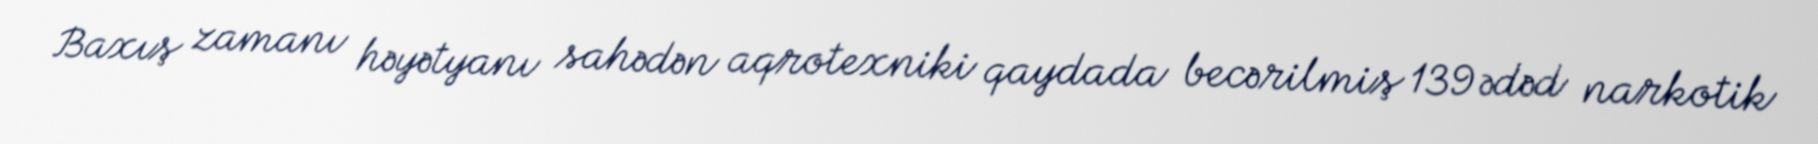
Baxış zamanı həyətyanı sahədən aqrotexniki qaydada becərilmiş 139 ədəd narkotik